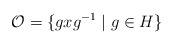
\begin{align*}{\cal O} = \{ g x g^{-1} \mid g \in H \} \end{align*}